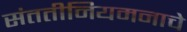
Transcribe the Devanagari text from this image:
संततीनियमनाचे